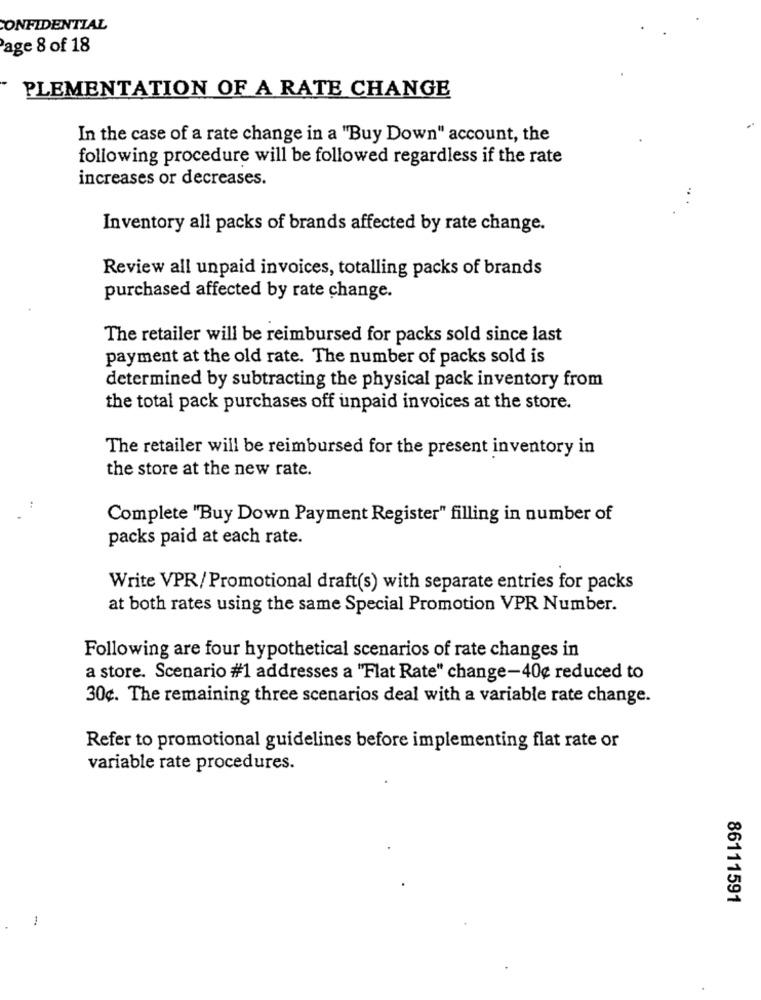
CONFIDENTIAL
Page 8 of 18
PLEMENTATION OF A RATE CHANGE
In the case of a rate change in a "Buy Down" account, the
following procedure will be followed regardless if the rate
increases or decreases.
Inventory all packs of brands affected by rate change.
Review all unpaid invoices, totalling packs of brands
purchased affected by rate change.
The retailer will be reimbursed for packs sold since last
payment at the old rate. The number of packs sold is
determined by subtracting the physical pack inventory from
the total pack purchases off unpaid invoices at the store.
The retailer will be reimbursed for the present inventory in
the store at the new rate.
Complete "Buy Down Payment Register" filling in number of
packs paid at each rate.
Write VPR/Promotional draft(s) with separate entries for packs
at both rates using the same Special Promotion VPR Number.
Following are four hypothetical scenarios of rate changes in
a store. Scenario #1 addresses a "Flat Rate" change-40¢ reduced to
30¢. The remaining three scenarios deal with a variable rate change.
Refer to promotional guidelines before implementing flat rate or
variable rate procedures.
86111591
1